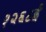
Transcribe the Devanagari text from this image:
१२६८ई